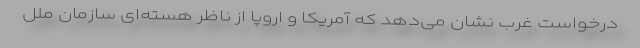
درخواست غرب نشان می‌دهد که آمریکا و اروپا از ناظر هسته‌ای سازمان ملل